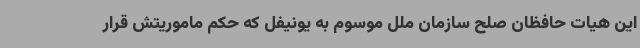
این هیات حافظان صلح سازمان ملل موسوم به یونیفل که حکم ماموریتش قرار